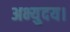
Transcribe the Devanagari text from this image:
अभ्युदय।